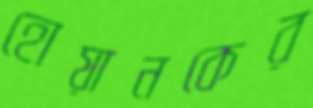
হোয়ানকের